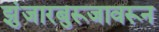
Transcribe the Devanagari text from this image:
झुंजारबुरूजावरून